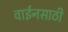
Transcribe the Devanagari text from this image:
वाईनसाठी